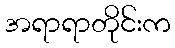
အရာရာတိုင်းက